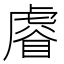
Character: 𧇖